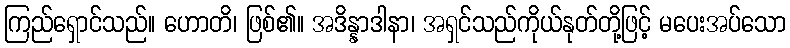
ကြည်ရှောင်သည်။ ဟောတိ၊ ဖြစ်၏။ အဒိန္နာဒါနာ၊ အရှင်သည်ကိုယ်နုတ်တို့ဖြင့် မပေးအပ်သော